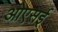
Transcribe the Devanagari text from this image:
ओएसई